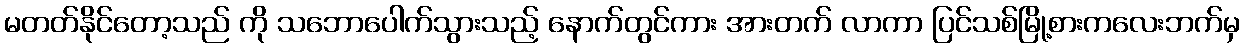
မတတ်နိုင်တော့သည် ကို သဘောပေါက်သွားသည့် နောက်တွင်ကား အားတက် လာကာ ပြင်သစ်မြို့စားကလေးဘက်မှ